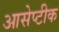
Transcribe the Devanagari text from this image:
आसेप्टीक